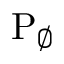
\mathrm { P } _ { \varnothing }